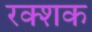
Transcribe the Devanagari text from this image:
रक्शक